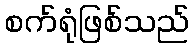
စက်ရုံဖြစ်သည်